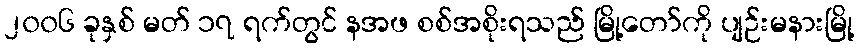
၂၀၀၆ ခုနှစ် မတ် ၁၇ ရက်တွင် နအဖ စစ်အစိုးရသည် မြို့တော်ကို ပျဉ်းမနားမြို့